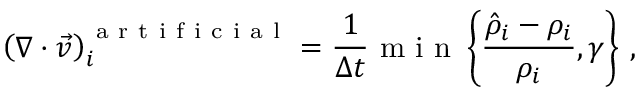
\left( \nabla \cdot \vec { v } \right) _ { i } ^ { \mathrm { ~ a ~ r ~ t ~ i ~ f ~ i ~ c ~ i ~ a ~ l ~ } } = \frac { 1 } { \Delta t } \mathrm { ~ m ~ i ~ n ~ } \left\{ \frac { \hat { \rho } _ { i } - \rho _ { i } } { \rho _ { i } } , \gamma \right\} \, ,